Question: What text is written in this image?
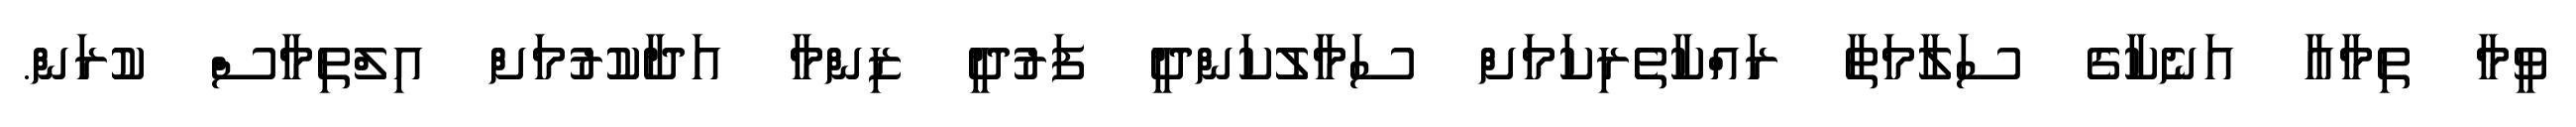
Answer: ވީމާ ތިމާއާ އަނެކާގެ ސަލާމަތާ ރައްކާތެރިކަމަށް ސަމާލުކަންދީ ފަރުދީ ޒިންމާ އަދާކުރުމަށް އިލްތިމާސް ކުރަން.